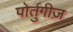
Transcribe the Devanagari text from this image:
पोर्तुगीज़